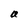
Character: a